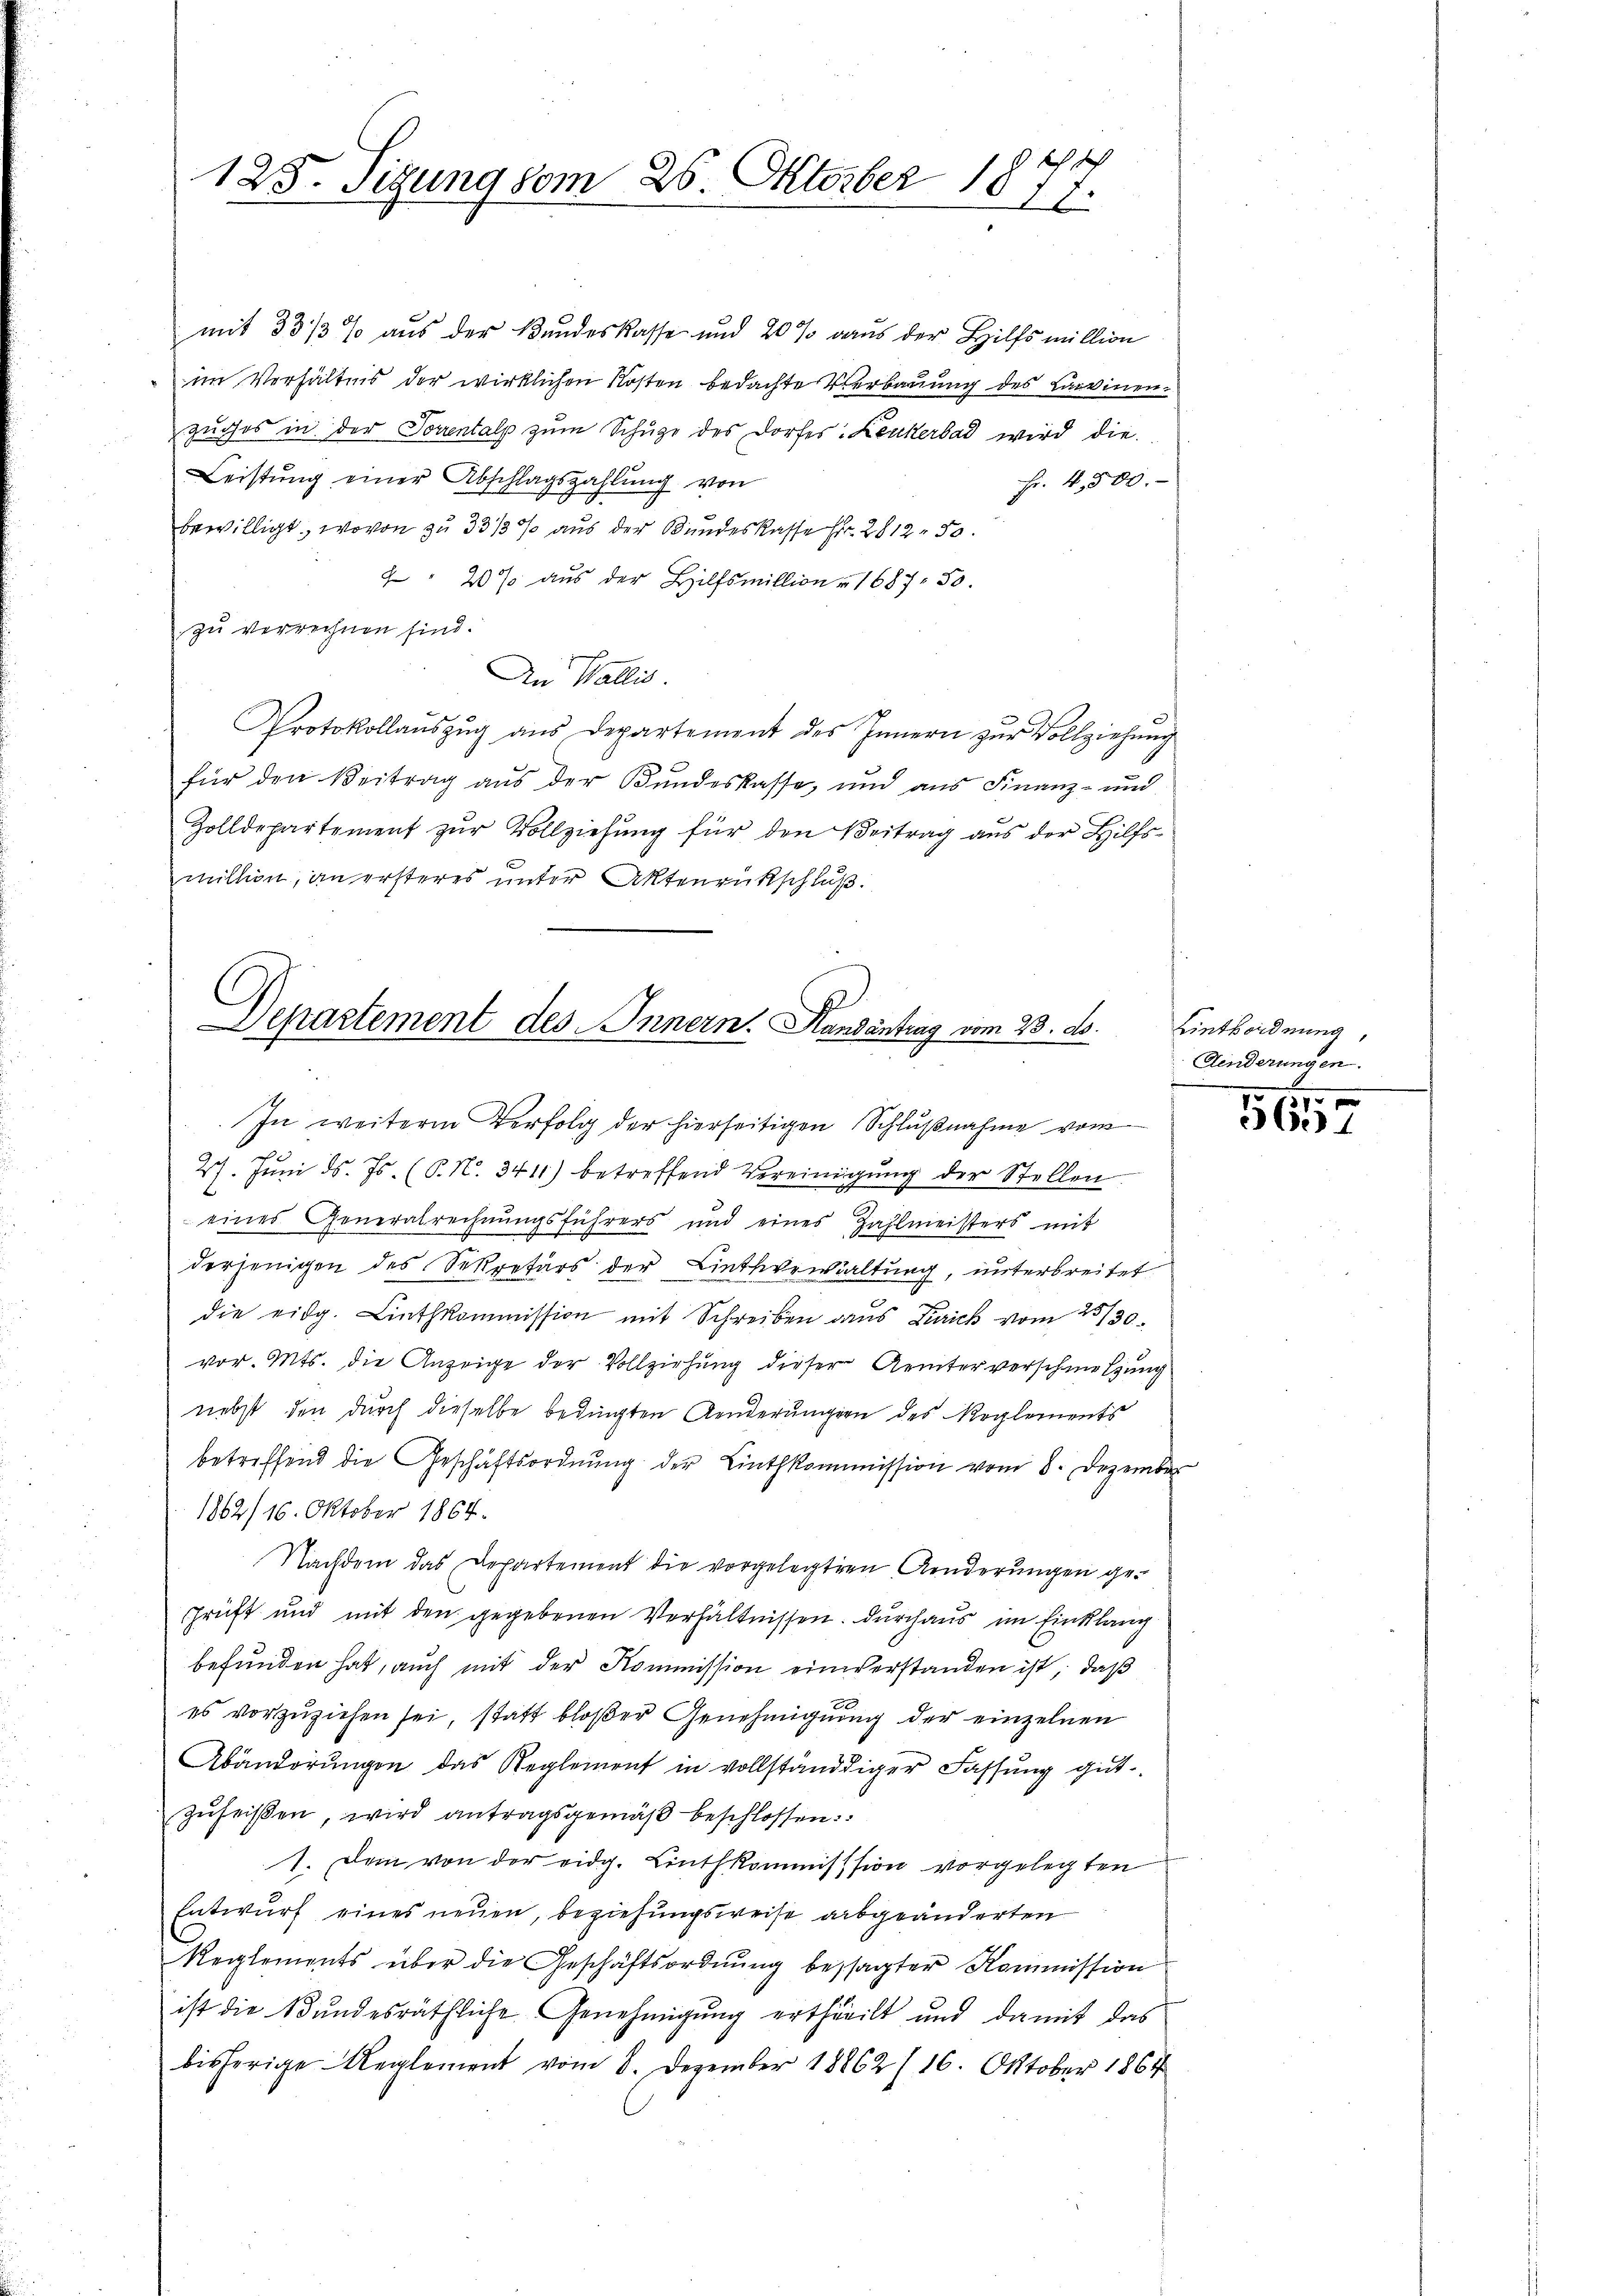
125. Sizung vom 26. Oktober 1877.

mit 33/3 % aus der Bundeskasse und 20 % aus der Hilfsmillion
im Verhältnis der wirklichen Kosten bedachte Verbauung des Larvinenzugos in der Soventalp zum Schuze des Dorfes: Leukerbad wird die
Leistŭng einer Abschlagszahlung von
Fr. 4,500.
bewilligt, wovon zu 33/3% aus der Bundeskasse Fr. 2812. 50.
2 " 20% aus der Hilfsmillion v. 1687. 50.
zu verrechnen sind.
An Wallis
Protokollaŭszŭg aŭs Departement des Innern zŭr Vollziehŭng
für den Beitrag aus der Kundeskasse, und aus Finanz- und
Zolldepartement zŭr Vollziehung für den Beitrag aus der Hilfsmillion, an ersteres unter Aktenrütschluß.

Departement des Innern. Handantrag vom 28. ds.

In weitere Verfolg der hierseitigen Schlußnahme vom

27. Juni d. Js. (O. N. 341) betreffend Vereinigŭng der Stellen
eines Generalrechnungsführers und eines Zahlmeisters mit
derjenigen des Sekretärs der Linthverwaltung, unterbreitet
die eidg. Linthkommission mit Schreiben dans Zürich vom 23/30.
vor. Mts. die Anzeige der Vollziehung dieser Aemterverschmelzung
nebst den durch dieselbe bedingten Aenderungen des Reglements
betreffend die Geschäftsordnŭng der Linthkommission vom 8. Dezember
1882/16. Oktober 1864.
Nachdem das Departement die vorgelegten Aenderungen geschrift und mit den gegebenen Verhältnissen. Durchaus im Einklang
befunden hat, auch mit der Kommission einverstanden ist, daß

es vorzuziehen sei, statt bloßer Genehmigung der einzelnen
Abänderungen das Reglement in vollständiger Fassung gut
zŭheiβen, wird antragsgemäβ beschlossen:
1. Dem von der eidg. Linthkommisssion vorgelegten
Entwurf eines neuen, beziehungsweise abgeänderten
Reglements über die Geschäftsordnŭng besagter Kommission
ist die Bundesräthliche Genehmigung ertheilt und damit das
bisherige Reglement vom 8. Dezember 18862/16. Oktober 1864

Eintbordnung,
Aenderungen.

1570
3.1